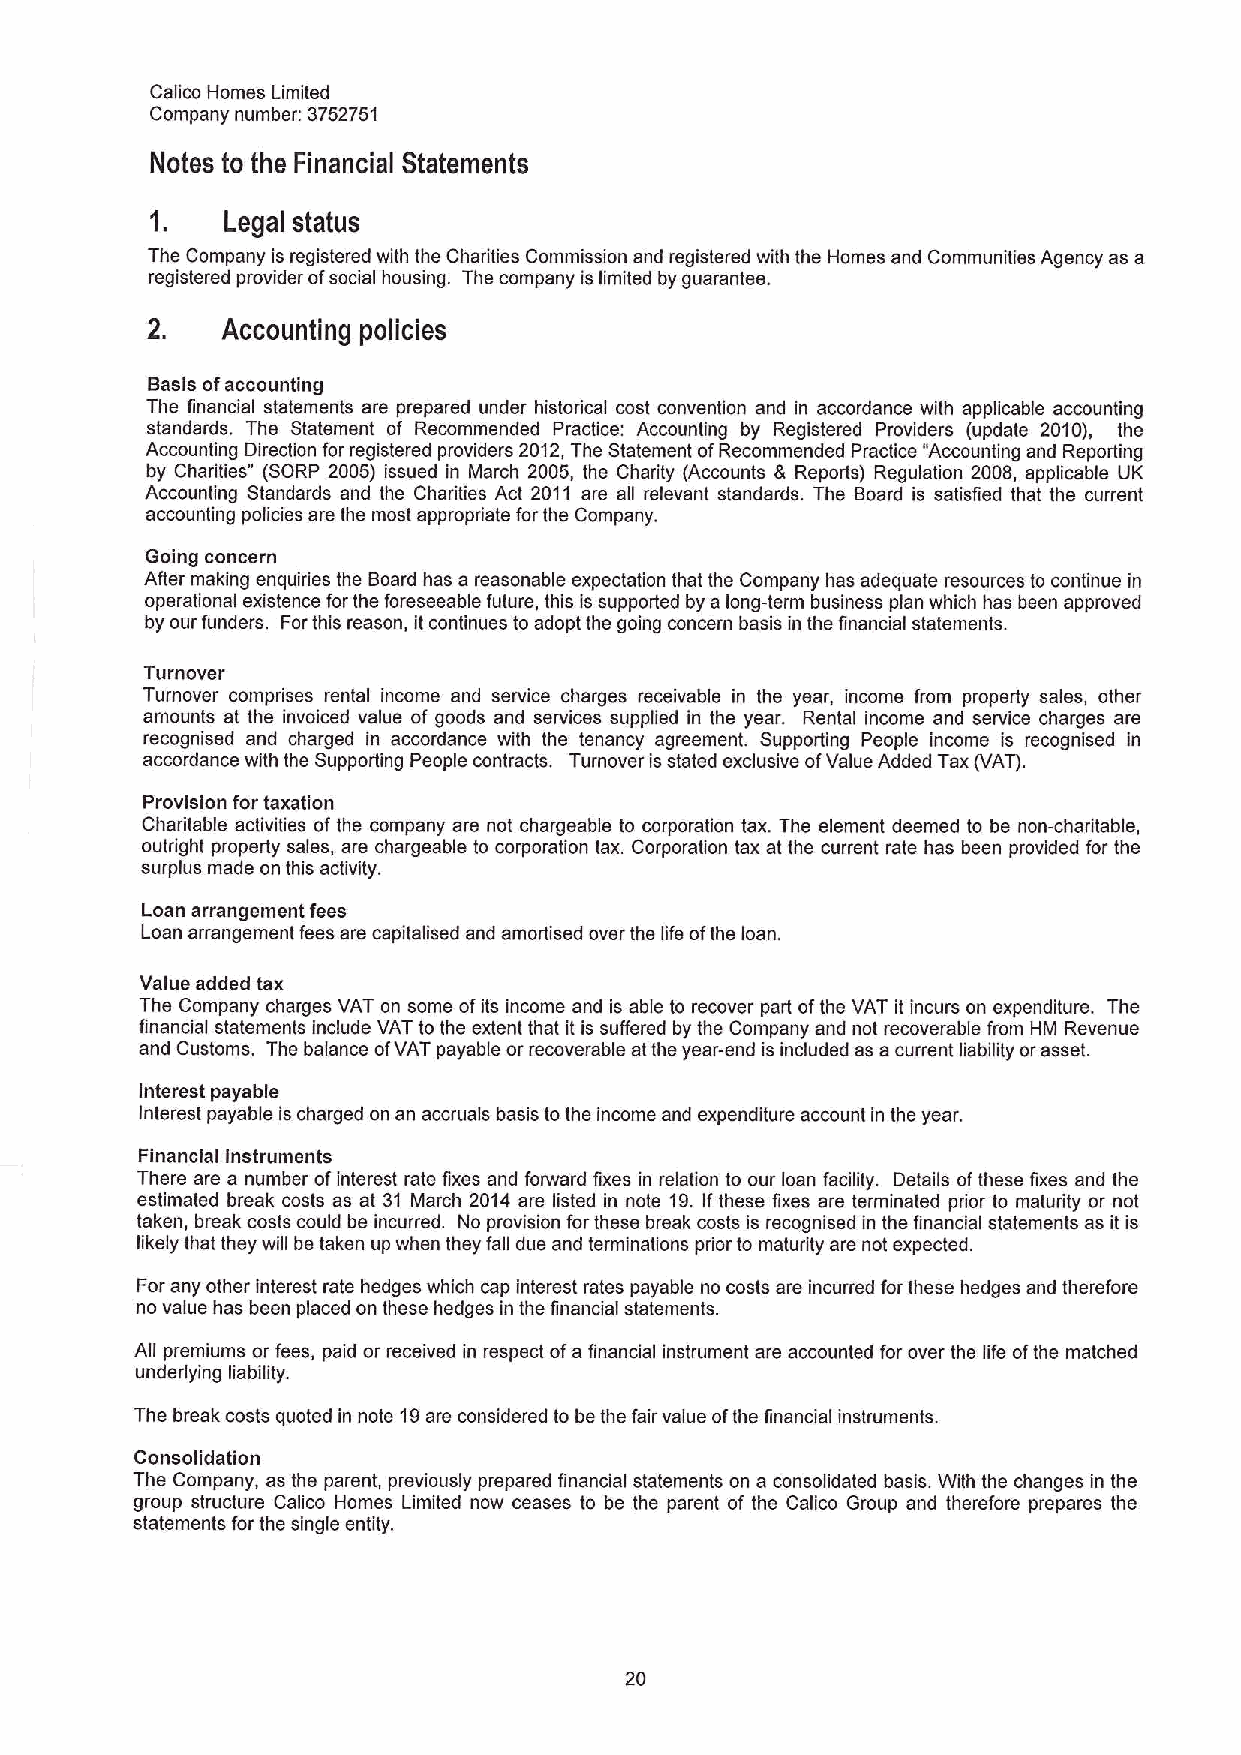
Calico Homes Limited
 Company number: 3752751
 Notes to the Financial Statements
 Legal status
 The Company is registered with the Charities Commission and registered with the Homes and Communities Agency as a
 registered provider ofsocial housing. The company is limited by guarantee.
 2.   Accounting policies
 Basis ofaccounting
 The financial statements are prepared under historical cost convention and in accordance with applicable accounting
 standards. The Statement of Recommended Practice: Accounting by Registered Providers (update 2010), the
 Accounting Direction for registered providers 2012,The Statement ofRecommended Practice "Accounting and Reporting
 by Charities" (SORP 2005) issued in March 2005, the Charity (Accounts & Reports) Regulation 2008, applicable UK
 Accounting Standards and the Charities Act 2011 are all relevant standards. The Board is satisfied that the current
 accounting policies are the most appropriate for the Company.
 Going concern
 After making enquiries the Board has a reasonable expectation that the Company has adequate resources to continue in
 operational existence for the foreseeable future, this is supported by a long-term business plan which has been approved
 by our funders. Forthis reason, it continues to adopt the going concern basis in the financial statements.
 Turnover
 Turnover comprises rental income and service charges receivable in the year, income from property safes, other
 amounts at the invoiced value of goods and services supplied in the year. Rental income and service charges are
 recognised and charged in accordance with the tenancy agreement. Supporting People income is recognised in
 accordance with the Supporting People contracts. Turnover isstated exclusive ofValue Added Tax (VAT).
 Provision for taxation
 Charitable activities of the company are not chargeable to corporation tax. The element deemed to be non-charitable,
 outright property sales, are chargeable to corporation tax. Corporation tax at the current rate has been provided for the
 surplus made on this activity.
 Loan arrangement fees
 Loan arrangement fees are capitalised and amortised over the life ofthe loan.
 Value added tax
 The Company charges VAT on some ofits income and is able to recover part ofthe VAT it incurs on expenditure. The
 financial statements include VAT to the extent that it is suffered by the Company and not recoverable from HM Revenue
 and Customs. The balance ofVAT payable or recoverable atthe year-end is included as a current liability orasset.
 Interest payable
 Interest payable is charged on an accruals basis to the income and expenditure account in the year.
 Financial instruments
 There are a number ofinterest rate fixes and forward fixes in relation to our loan facility. Details ofthese fixes and the
 estimated break costs as at 31 March 2014 are listed in note 19.Ifthese fixes are terminated prior to maturity or not
 taken, break costs could be incurred. No provision forthese break costs is recognised in the financial statements as it is
 likely that they will be taken up when they fall due and terminations pdior to maturity are not expected.
 For any other interest rate hedges which cap interest rates payable no costs are incurred forthese hedges and therefore
 no value has been placed on these hedges in the financial statements.
 All premiums or fees, paid or received in respect ofa financial instrument are accounted for over the life ofthe matched
 underlying liability.
 The break costs quoted in note 19are considered to be the fair value ofthe financial instruments.
 Consolidation
 The Company, as the parent, previously prepared financial statements on a consolidated basis. With the changes in the
 group structure Calico Homes Limited now ceases to be the parent of the Calico Group and therefore prepares the
 statements for the single entity,
 20